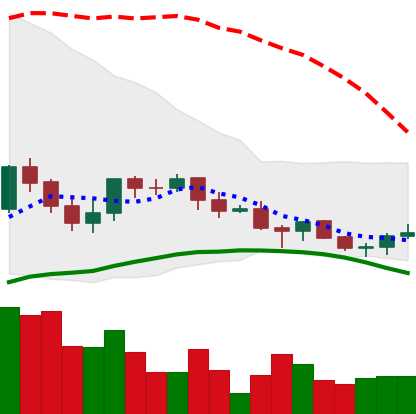
Ticker: LINK-USD
Chart end date: 2021-06-14
Forward return: -14.404%
Label: down_7plus